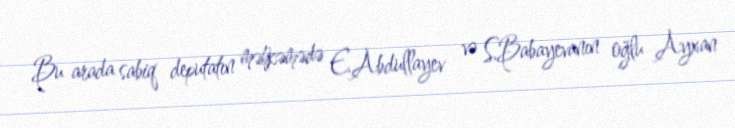
Bu arada sabiq deputatın məhkəmədə E.Abdullayev və S.Babayevanın oğlu Ayxan